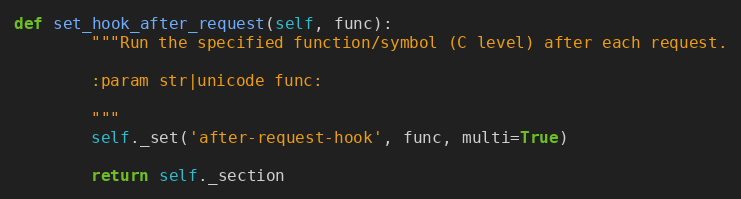
Language: Python
def set_hook_after_request(self, func):
        """Run the specified function/symbol (C level) after each request.

        :param str|unicode func:

        """
        self._set('after-request-hook', func, multi=True)

        return self._section